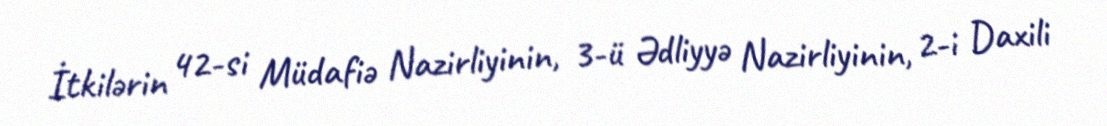
İtkilərin 42-si Müdafiə Nazirliyinin, 3-ü Ədliyyə Nazirliyinin, 2-i Daxili